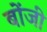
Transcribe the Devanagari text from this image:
बोंजी